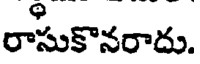
రాసుకొనరాదు.